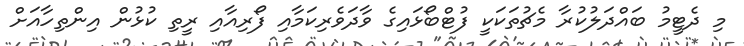
މި ދެޓީމު ބައްދަލުކުރާ މެޗުތަކަކީ ފުޓްބޯޅައިގެ ވާދަވެރިކަމާއި ފޯރިއާއި ރީތި ކުޅުން އިންތިހާއަށް